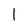
Character: l